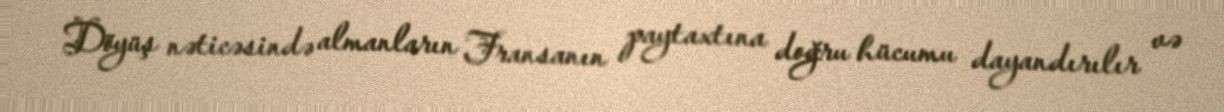
Döyüş nəticəsində almanların Fransanın paytaxtına doğru hücumu dayandırılır və